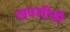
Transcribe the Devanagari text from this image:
खवशीची